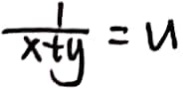
\frac { 1 } { x + y } = u